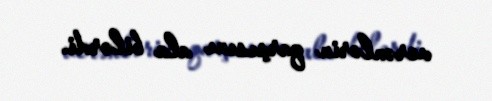
verənlərin qarşısını ala bilərdi.